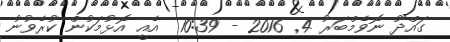
ގައްދޫ ނޮވެމްބަރު 4